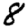
Digit: 8